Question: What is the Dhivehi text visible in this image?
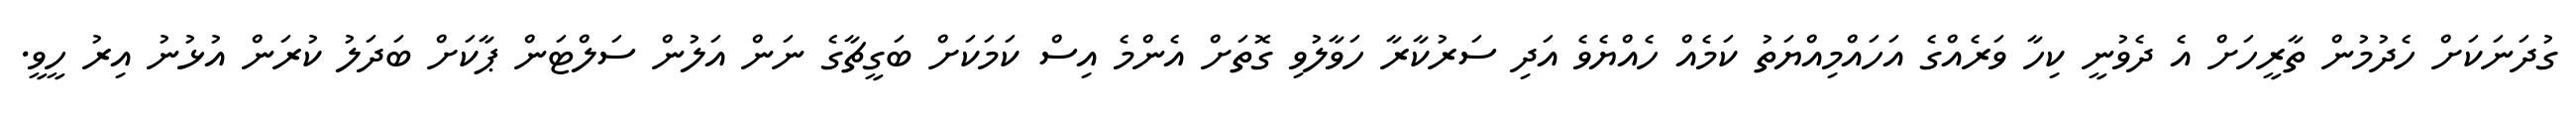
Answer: ގުދަނަކަށް ހެދުމުން ތާރީހަށް އެ ދެވުނީ ކިހާ ވަރެއްގެ އަހައްމިއްޔަތު ކަމެއް ހެއްޔެވެ އަދި ސަރުކާރާ ހަވާލުވި ގޮތަށް އެންމެ އިސް ކަމަކަށް ބަގީޗާގެ ނަން އަލުން ސަލްޓަން ޕާކަށް ބަދަލު ކުރަން އުޅުނު އިރު ހީވީ.